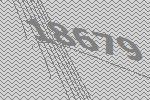
18679